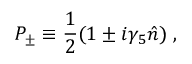
P _ { \pm } \equiv { \frac { 1 } { 2 } } ( 1 \pm i \gamma _ { 5 } \hat { n } ) \; ,